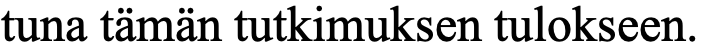
tuna tämän tutkimuksen tulokseen.